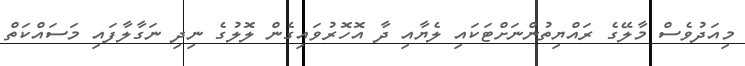
މިއަދުވެސް މާލޭގެ ރައްޔިތުންނަށްޓަކައި ލެޔާއި ދާ އޮހޮރުވައިގެން ލޮލުގެ ނިދި ނަގާލާފައި މަސައްކަތް